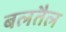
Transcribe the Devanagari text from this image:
बलतैल